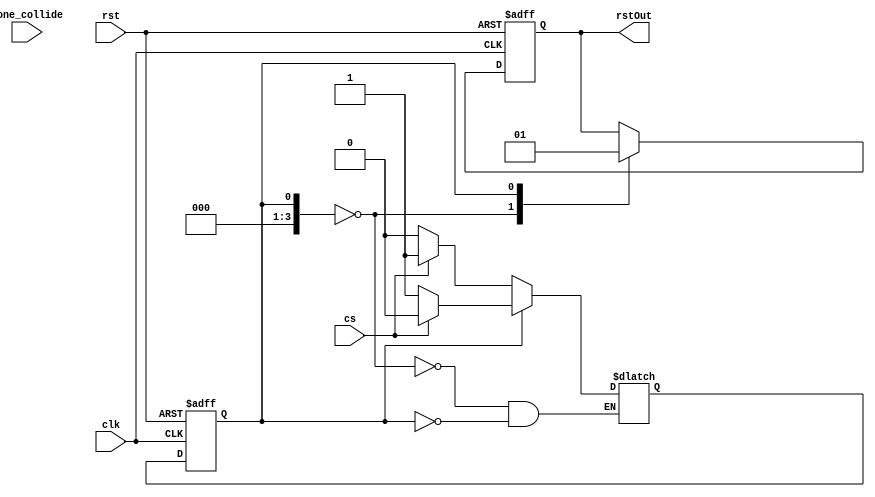
module rst_Ctrl (
	rst,
	cs,
	clk,
	done_collide,
	rstOut
);

input rst;
input cs;
input clk;
input done_collide;
output reg rstOut = 1'b1;
reg [3:0] state = 4'b0;
reg [3:0] next_state = 4'b0;


reg [5:0] counter = 6'd0;
reg [5:0] counter2 = 6'd0;
reg flagRst = 1'b0;
reg flagRst2 = 1'b0;

//Goes from state to next_state
always @(posedge clk or negedge rst)
begin
	if(rst == 1'b0)
	begin
		state <= 1;
	end else
	begin
		state <= next_state;
	end
end

//Decides next state
always @ (*)
begin
	case(state)
		0:
		begin
			if(cs == 1'b1)
			begin
				next_state = 4'd1;
			end else
			begin
				next_state = 4'd0;
			end
		end
		1:
		begin
			if(cs == 1'b1)
			begin
				next_state = 4'd0;
			end else
			begin
				next_state = 4'd1;
			end
		end
	endcase
end

//Decides what happens during each state
always @(posedge clk or negedge rst)
begin
	if(rst == 1'b0)
	begin
		rstOut <= 1;
	end else
	begin
		case (state)
			0:
			begin
				rstOut <= 0;
			end
			1:
			begin
				rstOut <= 1;
			end
		endcase
	end

end

//This part does stuff.
/*
always @(posedge clk or posedge done_collide or negedge rst or posedge cs)
begin
	if(rst == 1'b0)
	begin
		counter <= 0;
		flagRst = 1'b0;
	end else
	begin
		if(cs == 1'b1)
		begin
			if(flagRst == 1'b0)
			begin
				if(counter == 0)
				begin
					rstOut <= 1'b1;
					counter <= counter + 6'd1;
					state <= 1;
				end else if(counter == 1)
				begin
					rstOut <= 1'b0;
					counter <= counter + 6'd1;
					state <= 2;
				end else if(counter == 2)
				begin
					rstOut <= 1'b1;
					flagRst <= 1'b1;
					state <= 3;
				end		
			end else
			begin
				if(done_collide && flagRst == 1'b1)
				begin
					if(counter2 == 1)
					begin
						rstOut <= 1'b0;
						flagRst2 <= 1'b1;
						state <= 6;
					end  	
					counter2 <= counter2 + 6'd1;
					//state <= 4;
				end	
			end
		end
		//if(clk)
		//begin
		//	if(flagRst2 == 1'b1)
		//	begin
		//		rstOut <= 1'b1;
		//		flagRst2 <= 1'b0;
		//		state <= 5;
		//	end
		//end
		
	end
end
*/
endmodule